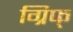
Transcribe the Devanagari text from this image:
ग्रिफ्